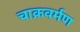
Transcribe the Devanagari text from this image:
चाक्रवर्मण